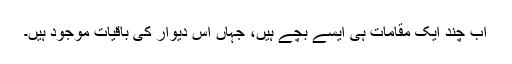
اب چند ایک مقامات ہی ایسے بچے ہیں، جہاں اس دیوار کی باقیات موجود ہیں۔